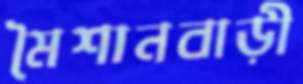
মৈশানবাড়ী